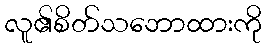
လူ၏စိတ်သဘောထားကို